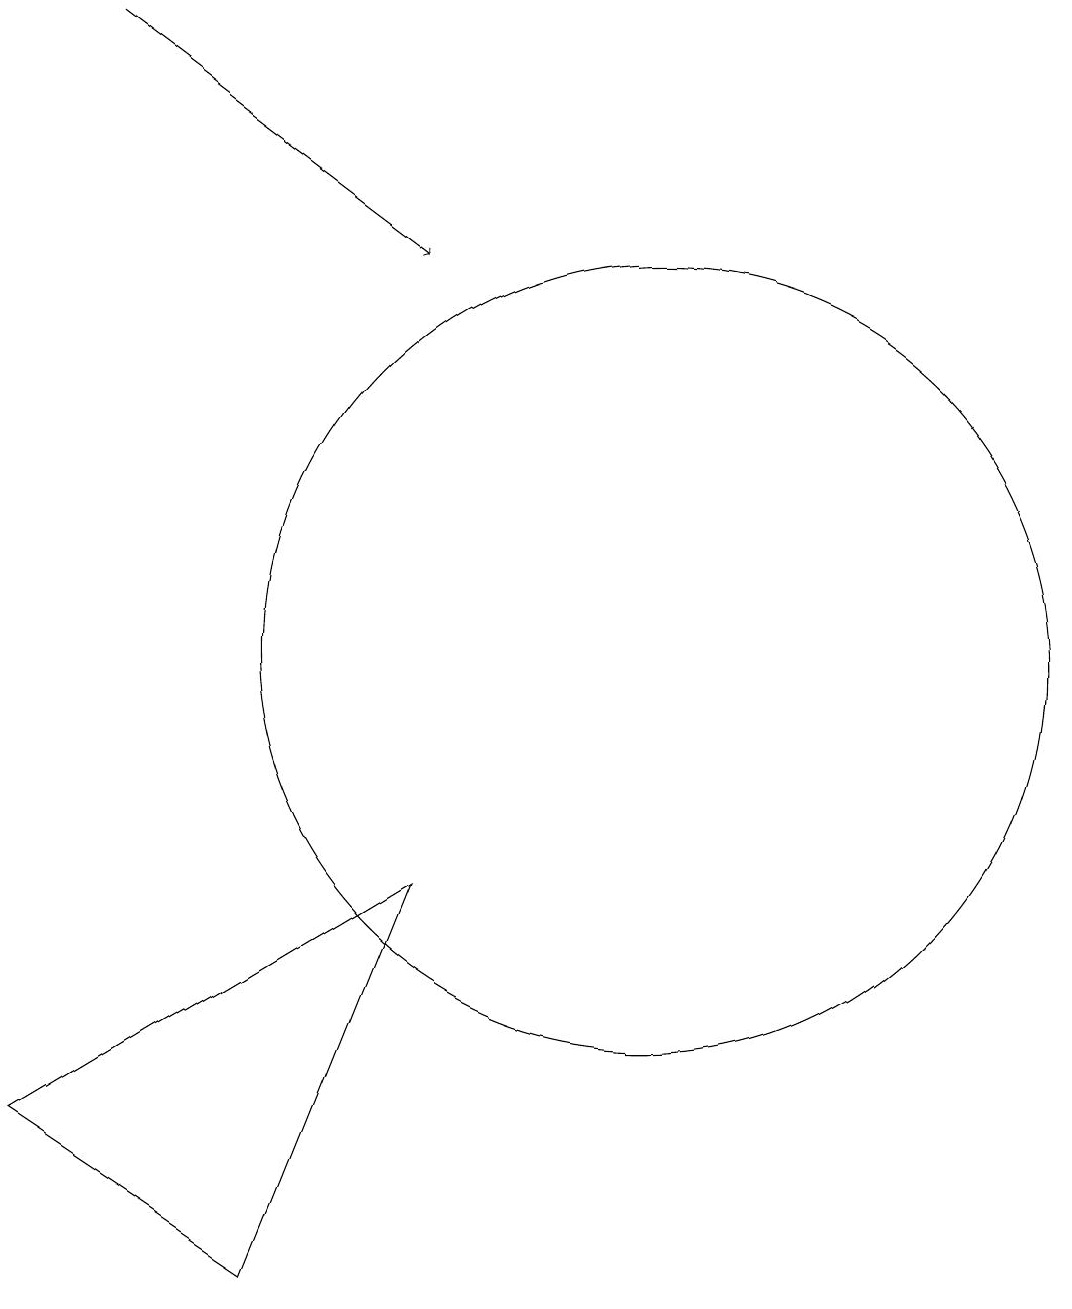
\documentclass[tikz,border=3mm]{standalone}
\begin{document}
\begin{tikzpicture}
\draw (11,10) circle (5);
\draw (6,2) -- (8,7) -- (3,4) -- cycle;
\draw[->] (4,18) -- (8,15);
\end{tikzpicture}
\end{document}